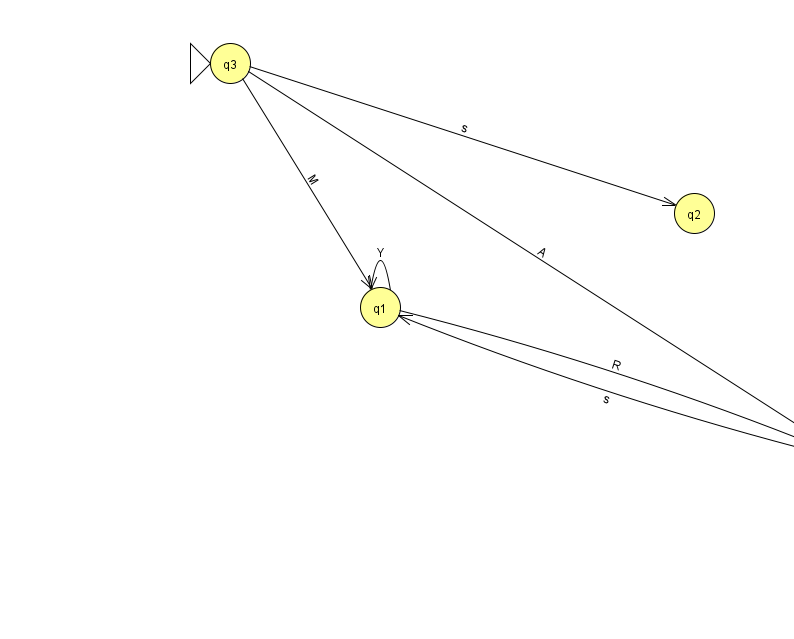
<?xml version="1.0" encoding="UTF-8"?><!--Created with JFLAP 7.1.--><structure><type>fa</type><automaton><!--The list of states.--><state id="0" name="q0"><x>844.0</x><y>444.0</y><final/></state><state id="1" name="q1"><x>380.0</x><y>294.0</y></state><state id="2" name="q2"><x>694.0</x><y>200.0</y></state><state id="3" name="q3"><x>230.0</x><y>50.0</y><initial/></state><!--The list of transitions.--><transition><from>1</from><to>0</to><read>R</read></transition><transition><from>0</from><to>1</to><read>s</read></transition><transition><from>3</from><to>0</to><read>A</read></transition><transition><from>3</from><to>2</to><read>s</read></transition><transition><from>3</from><to>1</to><read>M</read></transition><transition><from>1</from><to>1</to><read>Y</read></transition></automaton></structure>